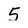
Character: 5